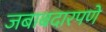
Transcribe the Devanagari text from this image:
जबाबदारपणे